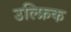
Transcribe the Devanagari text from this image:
उल्फ्रिक